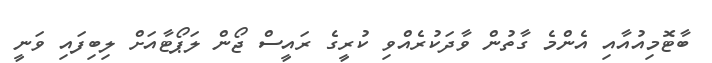
ބާޓޮމިއުއާއި އެންމެ ގާތުން ވާދަކުރެއްވި ކުރީގެ ރައީސް ޖޯން ލަޕޯޓާއަށް ލިބިފައި ވަނީ